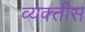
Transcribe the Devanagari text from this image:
व्यक्‍तीस